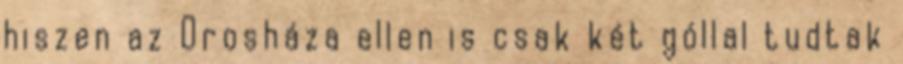
hiszen az Orosháza ellen is csak két góllal tudtak